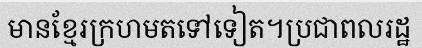
មានខ្មែរក្រហមតទៅទៀត។ប្រជាពលរដ្ឋ